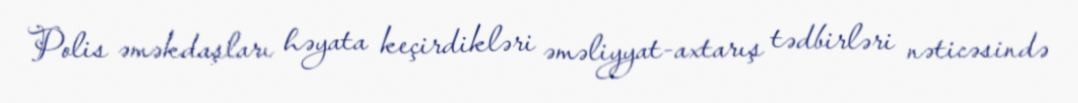
Polis əməkdaşları həyata keçirdikləri əməliyyat-axtarış tədbirləri nəticəsində